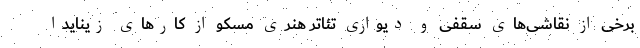
برخی از نقاشی‌های سقفی و دیواری تئاتر هنری مسکو از کار‌های زینایدا